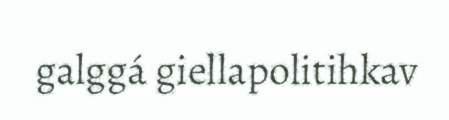
galggá giellapolitihkav